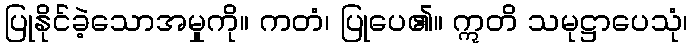
ပြုနိုင်ခဲ့သောအမှုကို။ ကတံ၊ ပြုပေ၏။ ဣတိ သမုဋ္ဌာပေသုံ၊